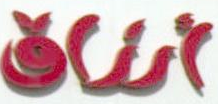
أفاق